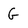
Character: G